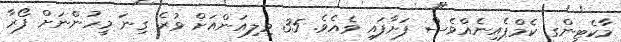
މާކެޓިންގ ކެމްޕެއިނެއްވެސް ފަށާފައި ވެއެވެ. 35 މިލިއަންއަށް ވުރެ ގިނަ މީހުންނަށް ފޯރާ